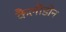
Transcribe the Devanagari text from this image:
कैलीडोन